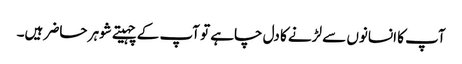
آپ کا انسانوں سے لڑنے کا دل چاہے تو آپ کے چہیتے شوہر حاضر ہیں۔